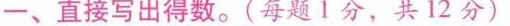
一、直接写出得数。(每题1分，共12分)